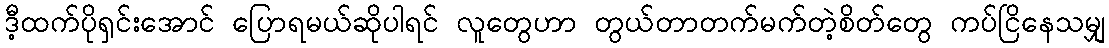
ဒီ့ထက်ပိုရှင်းအောင် ပြောရမယ်ဆိုပါရင် လူတွေဟာ တွယ်တာတက်မက်တဲ့စိတ်တွေ ကပ်ငြိနေသမျှ